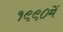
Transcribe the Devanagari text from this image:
१९९०में